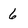
Character: 6